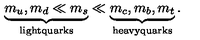
\underbrace { m _ { u } , m _ { d } \ll m _ { s } } _ { \mathrm { l i g h t q u a r k s } } \ll \underbrace { m _ { c } , m _ { b } , m _ { t } } _ { \mathrm { h e a v y q u a r k s } } .